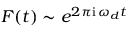
F ( t ) \sim e ^ { 2 \pi \mathrm { i } \, \omega _ { d } t }